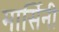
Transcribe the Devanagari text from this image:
मार्सिनी